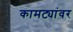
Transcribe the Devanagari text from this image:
कामट्यांवर